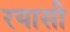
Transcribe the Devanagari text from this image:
रयासी